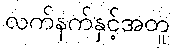
လက်နက်နှင့်အတူ